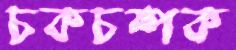
চকচম্পক